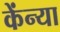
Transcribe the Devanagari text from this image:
केंन्या